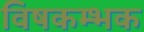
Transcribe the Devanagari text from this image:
विषकम्भक